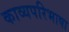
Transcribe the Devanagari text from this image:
काव्यपरिभाषा